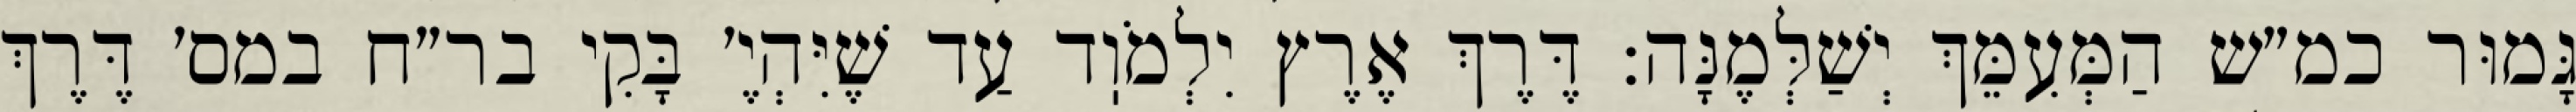
גָּמוּר כמ״ש הַמְּעִמֵּךְ יְשַׁלְּמֶנָּה: דֶּרֶךְ אֶרֶץ יִלְמֹוֽד עַד שֶׁיִּהְיֶ׳ בָּקִי בר״ח במס׳ דֶּרֶךְ